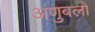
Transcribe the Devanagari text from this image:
अणुबलों